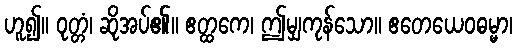
ဟူ၍။ ဝုတ္တံ၊ ဆိုအပ်၏။ ဧတ္ထကေ၊ ဤမျှကုန်သော။ ဧတေယေဝဓမ္မာ၊